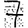
Digit: 7